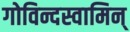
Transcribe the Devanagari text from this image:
गोविन्दस्वामिन्